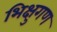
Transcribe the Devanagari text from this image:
भिक्षुगण